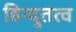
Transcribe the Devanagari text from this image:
हिन्दुतत्व